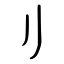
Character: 刂